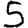
Digit: 5